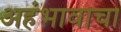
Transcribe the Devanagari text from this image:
अहंभावाचा